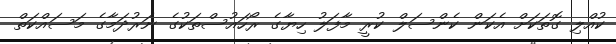
ކުއްލި ގޮތަކަށް އެކަން ކެންސަލް ކުރީ މާފަލު ހިޔާގެ ރޯހައުސްތަކުގެ ނަރުދަމާގެ މަސައްކަތް